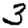
Digit: 3